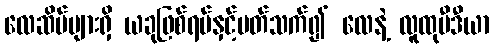
လေဆိပ်များရှိ ယခုဖြစ်ရပ်နှင့်ပတ်သက်၍ လေနဲ့ လူထုမီဒီယာ